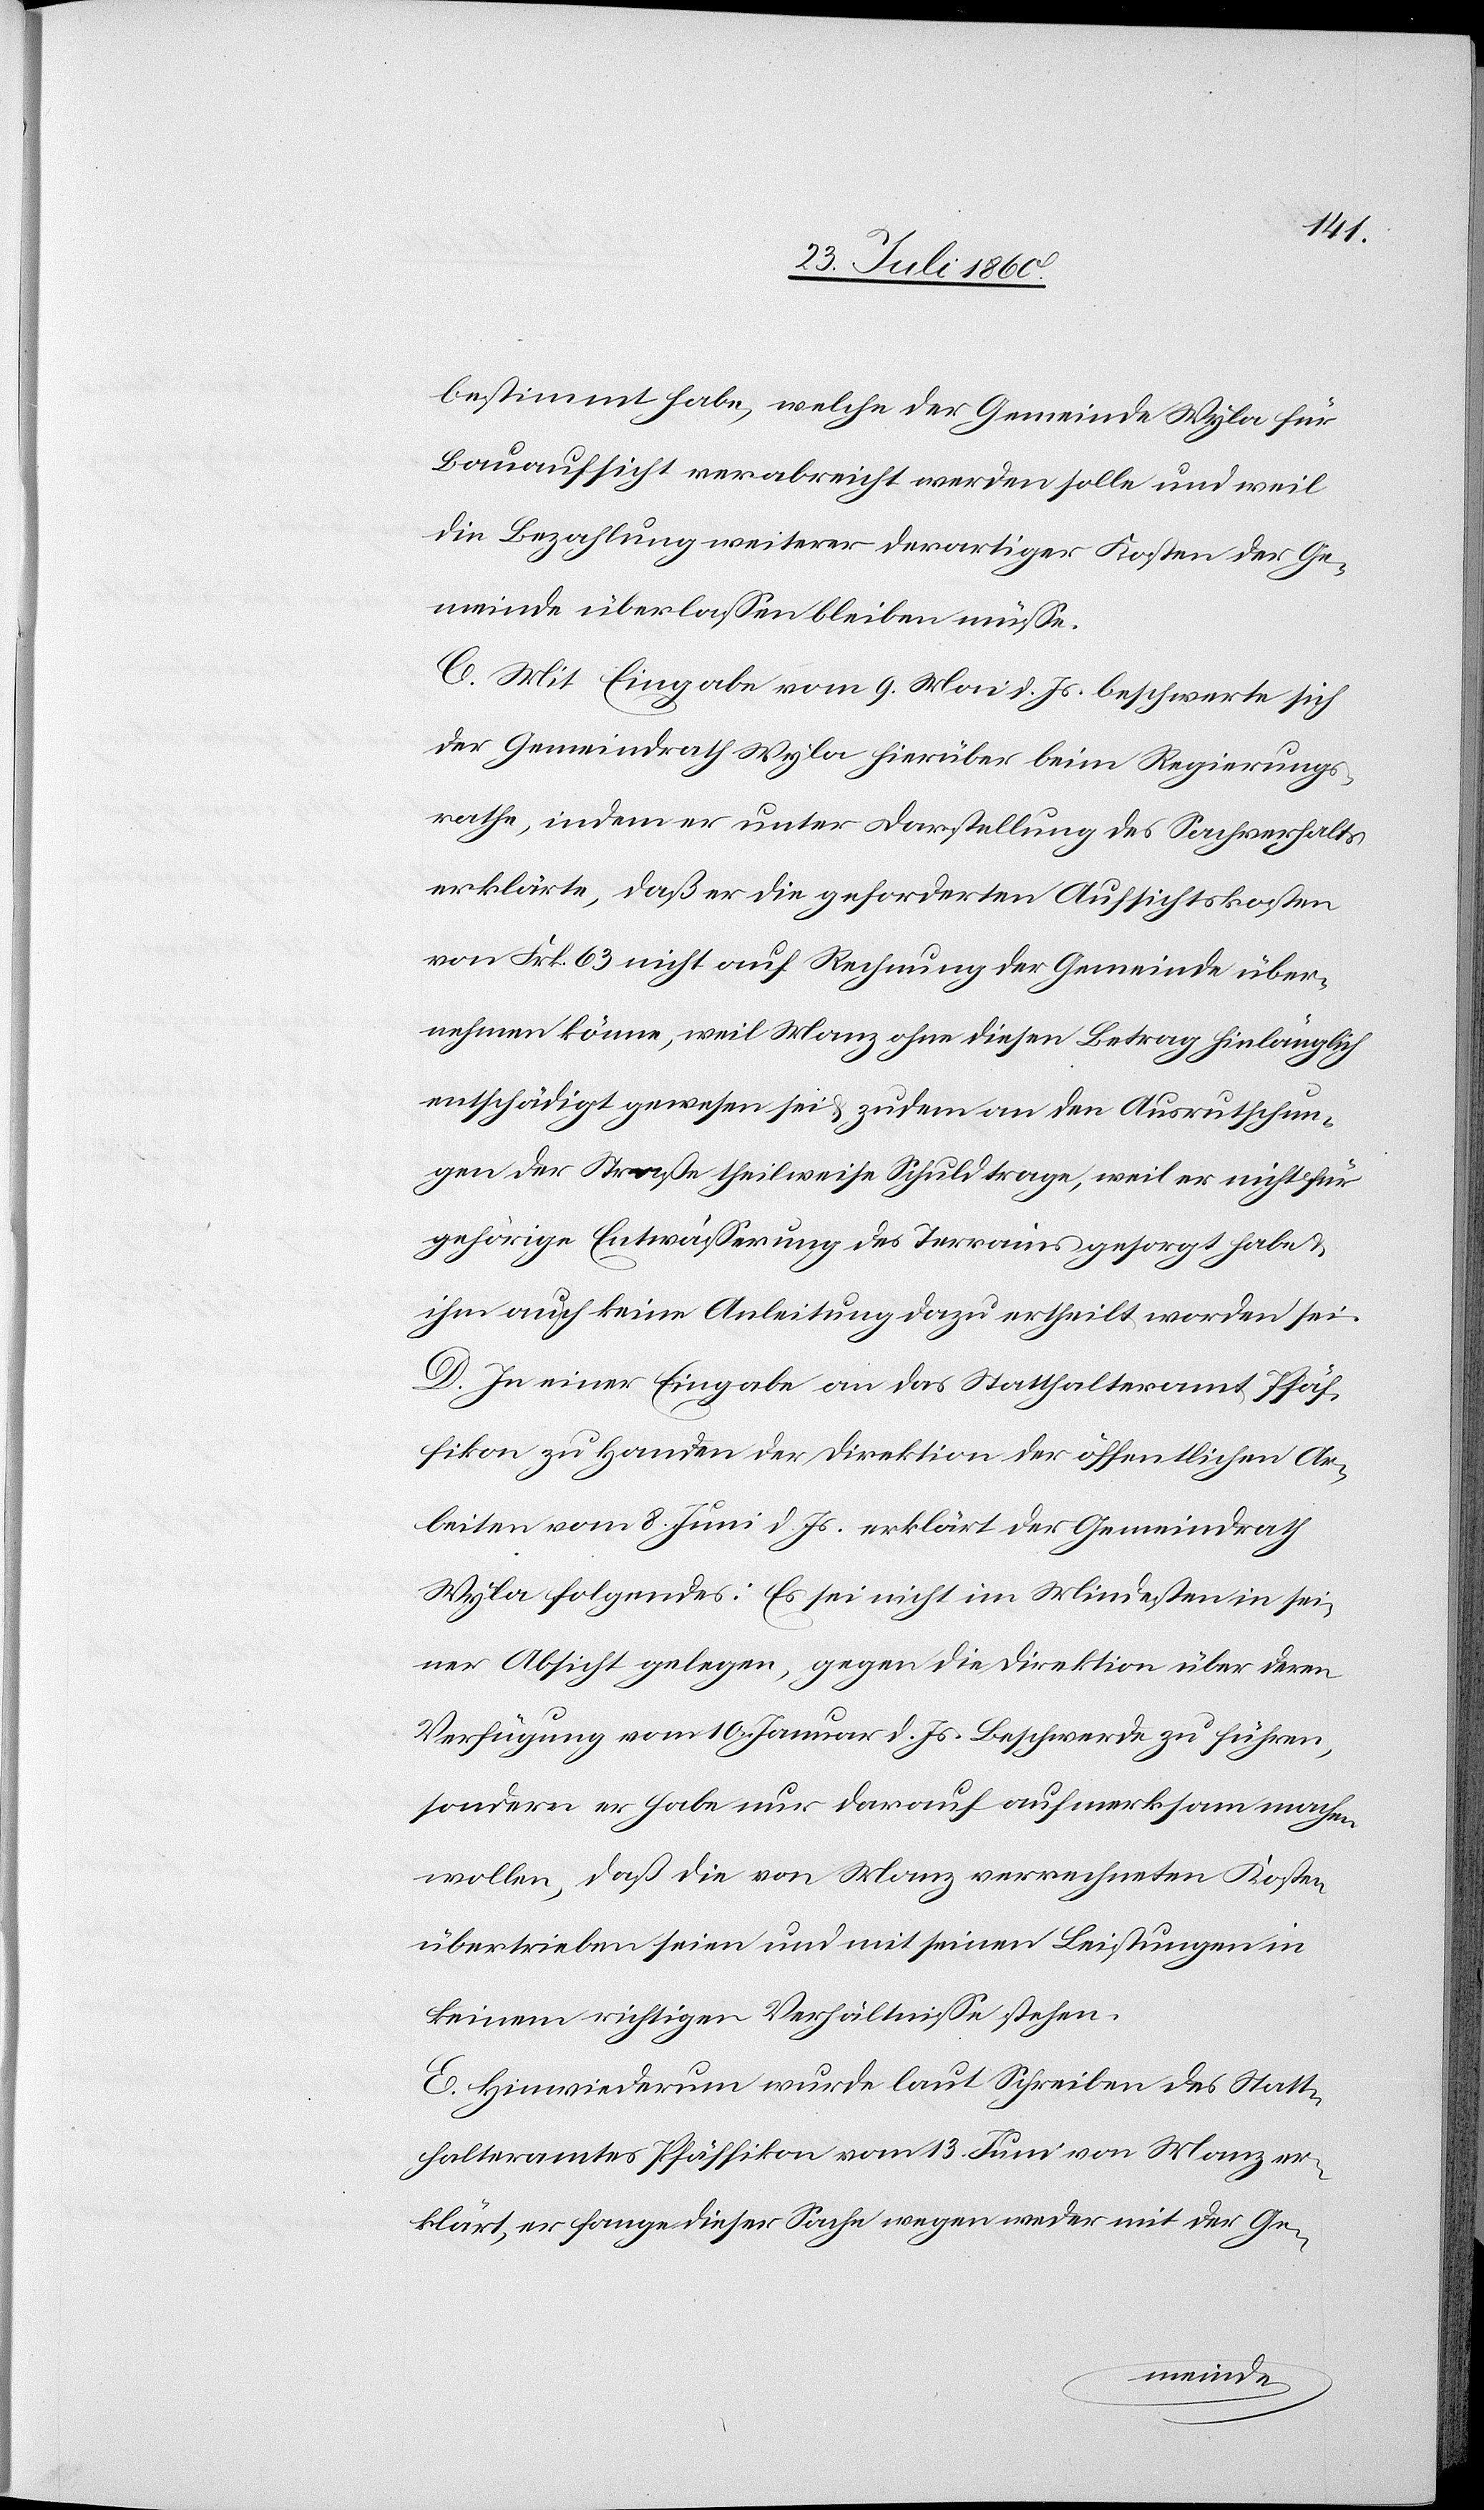
bestimmt habe, welche der Gemeinde Wyla für
Bauaufsicht verabreicht werden solle und weil
die Bezahlung weiterer derartiger Kosten der Ge¬
meinde überlassen bleiben müsse;
C. Mit Eingabe vom 9. Mai d. Js. beschwerte sich
der Gemeindrath Wyla hierüber beim Regierungs¬
rathe, indem er unter Darstellung des Sachverhaltes
erklärte, dass er die geforderten Aufsichtskosten
von fcs. 63 nicht auf Rechnung der Gemeinde über¬
nehmen könne, weil Manz ohne diesen Betrag hinlänglich
entschädigt gewesen sei und zudem an den Ausrutschun¬
gen der Straße theilweise Schuld trage, weil er nicht für
gehörige Entwässerung des Terrains gesorgt habe
ihm auch keine Anleitung dazu ertheilt worden sei;
D. In einer Eingabe an das Statthalteramt Pfäf¬
fikon zu Handen der Direktion der öffentlichen Ar¬
beiten vom 8. Juni d. Js. erklärt der Gemeindrath
Wyla folgendes: Es sei nicht im Mindesten in sei¬
ner Absicht gelegen, gegen die Direktion über deren
Verfügung vom 10. Jenner d. Js. Beschwerde zu führen,
sondern er habe nur darauf aufmerksam machen
wollen, dass die von Manz verrechneten Kosten
übertrieben seien und mit seinen Leistungen in
keinem richtigen Verhältnisse stehen.
E. Hinwiederum wurde laut Schreiben des Statt¬
halteramtes Pfäffikon vom 13. Juni von Manz er¬
klärt, er fange dieser Sache wegen weder mit der Ge¬
meinde